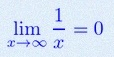
\lim_{x\to\infty}\frac{1}{x}=0